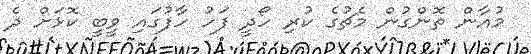
މުއާން ތޮންގުން މެޗުގެ ކުރި ހޯދީ ފަހު ހާފުގައި ވީބީ ކޮޅަށް ދެ